Vaccination North-Western Provinces and Oudh 1896-1901 - 1896-1901
Year: 1896
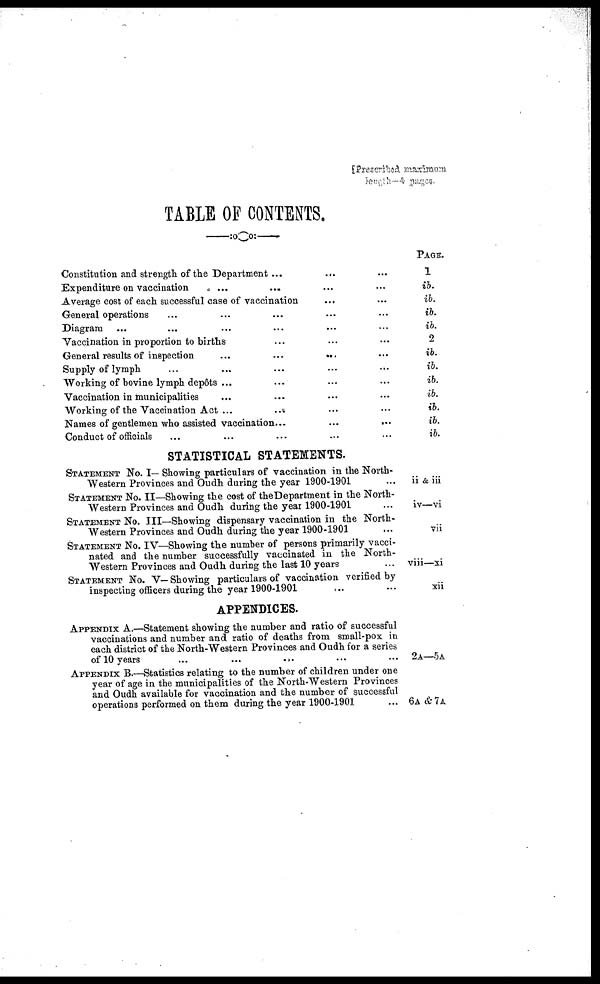
[Prescribed maximum
length—4 pages.
TABLE OF CONTENTS.
Constitution and strength of the Department ... ... ...
Expenditure on vaccination ... ... ... ...
Average cost of each successful case of vaccination ... ...
General operations ... ... ... ... ...
Diagram ... ... ... ... ... ...
Vaccination in proportion to births ... ... ...
General results of inspection ... ... ... ...
Supply of lymph ... ... ... ... ...
Working of bovine lymph depôts ...
... ... ...
Vaccination in municipalities ... ... ... ...
Working of the Vaccination Act ... ... ... ...
Names of gentlemen who assisted vaccination... ... ...
Conduct of officials ... ... ... ... ...
PAGE.
1
ib.
ib.
ib.
ib.
2
ib.
ib.
ib.
ib.
ib.
ib.
ib.
STATISTICAL STATEMENTS.
STATEMENT No. I— Showing particulars of vaccination in the North-
Western Provinces and Oudh during the year 1900-1901 ...
STATEMENT No. II—Showing the cost of the Department in the North-
Western Provinces and Oudh during the year 1900-1901 ...
STATEMENT No. III—Showing dispensary vaccination in the North-
-estern Provinces and Oudh during the year 1900-1901 ...
STATEMENT No. IV—Showing the number of persons primarily vacci-
nated and the number successfully vaccinated in the North-
-estern Provinces and Oudh during the last 10 years ...
STATEMENT No. V— Showing particulars of vaccination verified by
inspecting officers during the year 1900-1901 ... ...
APPENDICES.
APPENDIX A.—Statement showing the number and ratio of successful
vaccinations and number and ratio of deaths from small-pox in
each district of the North-Western Provinces and Oudh for a series
of 10 years
...
...
... ... ...
APPENDIX B.—Statistics relating to the number of children under one
year of age in the municipalities of the North-Western Provinces
and Oudh available for vaccination and the number of successful
operations performed on them during the year 1900-1901 ...
ii & iii
iv—vi
vii
viii—xi
xii
2A—5A
6A & 7A